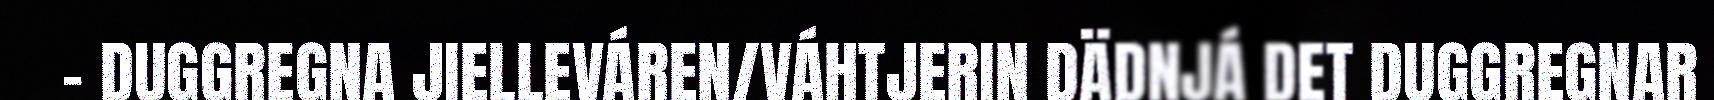
- DUGGREGNA JIELLEVÁREN/VÁHTJERIN DÄDNJÁ DET DUGGREGNAR